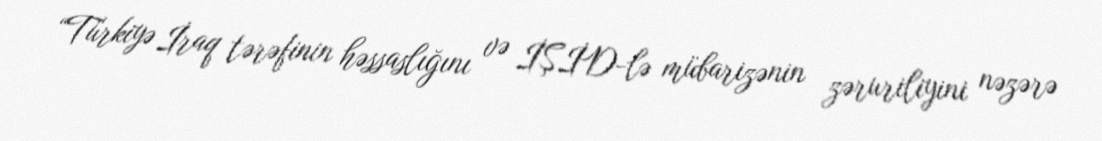
“Türkiyə İraq tərəfinin həssaslığını və İŞİD-lə mübarizənin zəruriliyini nəzərə